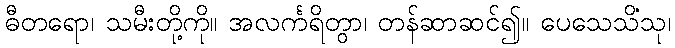
ဓီတရော၊ သမီးတို့ကို။ အလင်္ကရိတွာ၊ တန်ဆာဆင်၍။ ပေသေသိံသု၊